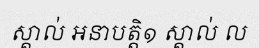
ស្គាល់ អនាបត្តិ១ ស្គាល់ ល